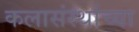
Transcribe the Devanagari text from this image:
कलासंस्थांच्या